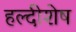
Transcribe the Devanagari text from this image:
हल्दीशेष